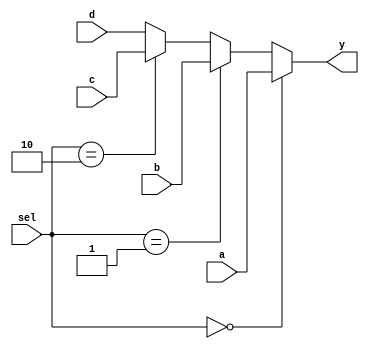
module mux4to1 (
    input wire [3:0]a,
    input wire [3:0]b,
    input wire [3:0]c,
    input wire [3:0]d,
    input wire [1:0]sel,
    output reg [3:0]y
    );
    always @(sel or a or b or c or d) begin
        if (sel==2'b00) y=a;
        else if (sel==2'b01) y=b;
        else if (sel==2'b10) y=c;
        else y=d;
    end
endmodule